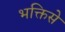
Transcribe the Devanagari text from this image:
भक्तिसे